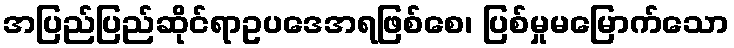
အပြည်ပြည်ဆိုင်ရာဥပဒေအရဖြစ်စေ၊ ပြစ်မှုမမြောက်သော